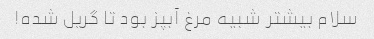
سلام بیشتر شبیه مرغ آبپز بود تا گریل شده!